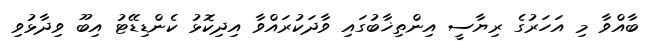
ބާއްވާ މި އަހަރުގެ ރިޔާސީ އިންތިޚާބުގައި ވާދަކުރައްވާ އިދިކޮޅު ކެންޑިޑޭޓު އިބޫ ވިދާޅުވި